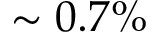
\sim 0 . 7 \%